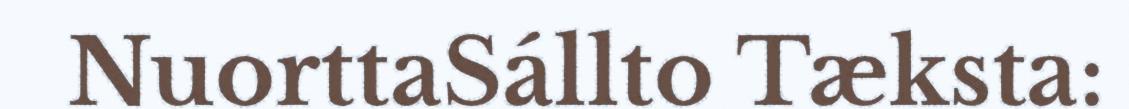
NuorttaSállto Tæksta: